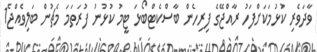
ވާދަވެރި ކުޅުމަކަށްފަހު ރާއްޖޭގެ ފިރިހެން ބާސްކެޓްބޯޅަ ޓީމު ކުޅުނު ފުރަތަމަ މެޗުން ބަލިވެއްޖެ1